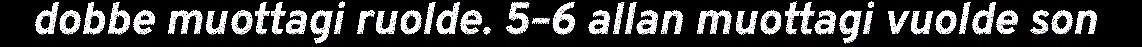
dobbe muottagi ruolde. 5–6 allan muottagi vuolde son